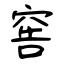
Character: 窖